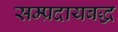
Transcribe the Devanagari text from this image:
सम्प्रदायबद्ध